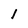
Character: l